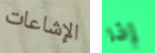
الإشاعات إذا